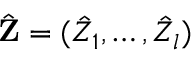
\hat { \mathbf { Z } } = ( { \hat { Z } } _ { 1 } , \dots , { \hat { Z } } _ { l } )